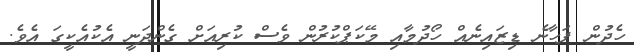
ހެދުން ފަހާނެ ޑިޒައިނެއް ހޯދުމާއި މޭކަޕްކުރުން ވެސް ކުރިއަށް ގެންދަނީ އެކުއެކީގަ އެވެ.